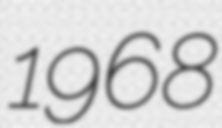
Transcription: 1968